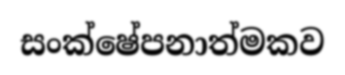
සංක්ෂේපනාත්මකව